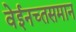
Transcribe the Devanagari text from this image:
वेईनच्तसमान